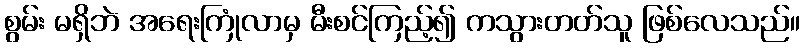
စွမ်း မရှိဘဲ အရေးကြုံလာမှ မီးစင်ကြည့်၍ ကသွားတတ်သူ ဖြစ်လေသည်။